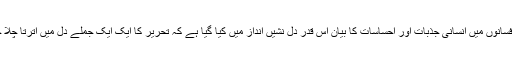
ان کے افسانوں میں انسانی جذبات اور احساسات کا بیان اس قدر دل نشیں انداز میں کیا گیا ہے کہ تحریر کا ایک ایک جملے دل میں اترتا چلا جاتا ہے۔